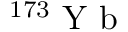
^ { 1 7 3 } \mathrm { ~ Y ~ b ~ }